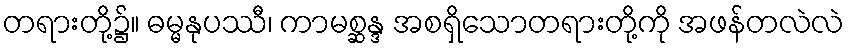
တရားတို့၌။ ဓမ္မနုပဿီ၊ ကာမစ္ဆန္ဒ အစရှိသောတရားတို့ကို အဖန်တလဲလဲ